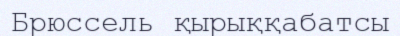
Брюссель қырыққабатсы